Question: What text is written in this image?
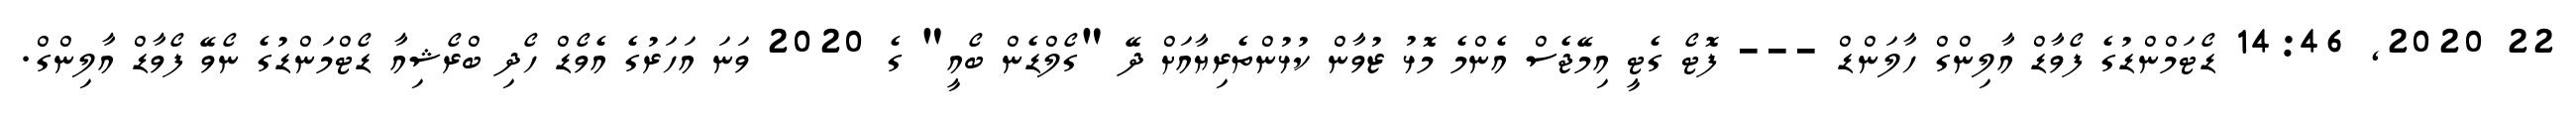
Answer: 22 2020, 14:46 ޑޯޓަމްންޑުގެ ފޯވާޑް އާލިންގް ހާލަންޑް --- ފޮޓޯ ގެޓީ އިމޭޖެސް އެންމެ މޮޅު ޒުވާން ކުޅުންތެރިޔާއަށް ދޭ "ގޯލްޑެން ބޯއީ" ގެ 2020 ވަނަ އަހަރުގެ އެވޯޑް ހޯދި ބްރޯޝިއާ ޑޯޓްމަންޑުގެ ނޯވޭ ފޯވާޑް އާލިންގް.